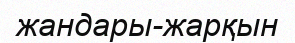
жандары-жарқын